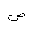
Letter: _dad